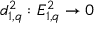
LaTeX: d _ { 1 , q } ^ { 2 } : E _ { 1 , q } ^ { 2 } \to 0